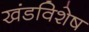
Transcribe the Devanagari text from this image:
खंडविशेष